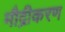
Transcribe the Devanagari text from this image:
मौद्रीकरण